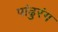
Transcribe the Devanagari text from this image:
पांढुरंग